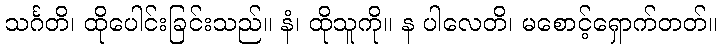
သင်္ဂတိ၊ ထိုပေါင်းခြင်းသည်။ နံ၊ ထိုသူကို။ န ပါလေတိ၊ မစောင့်ရှောက်တတ်။